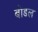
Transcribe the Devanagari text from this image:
बोडल